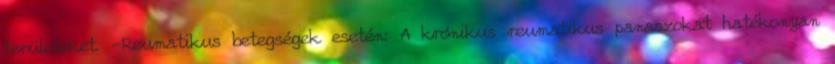
területeket. -Reumatikus betegségek esetén: A krónikus reumatikus panaszokat hatékonyan